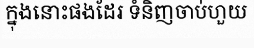
ក្នុងនោះផងដែរ ទំនិញចាប់ហួយ